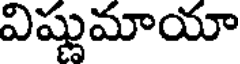
విష్ణుమాయా